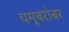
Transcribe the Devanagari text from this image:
चमूबरोबर